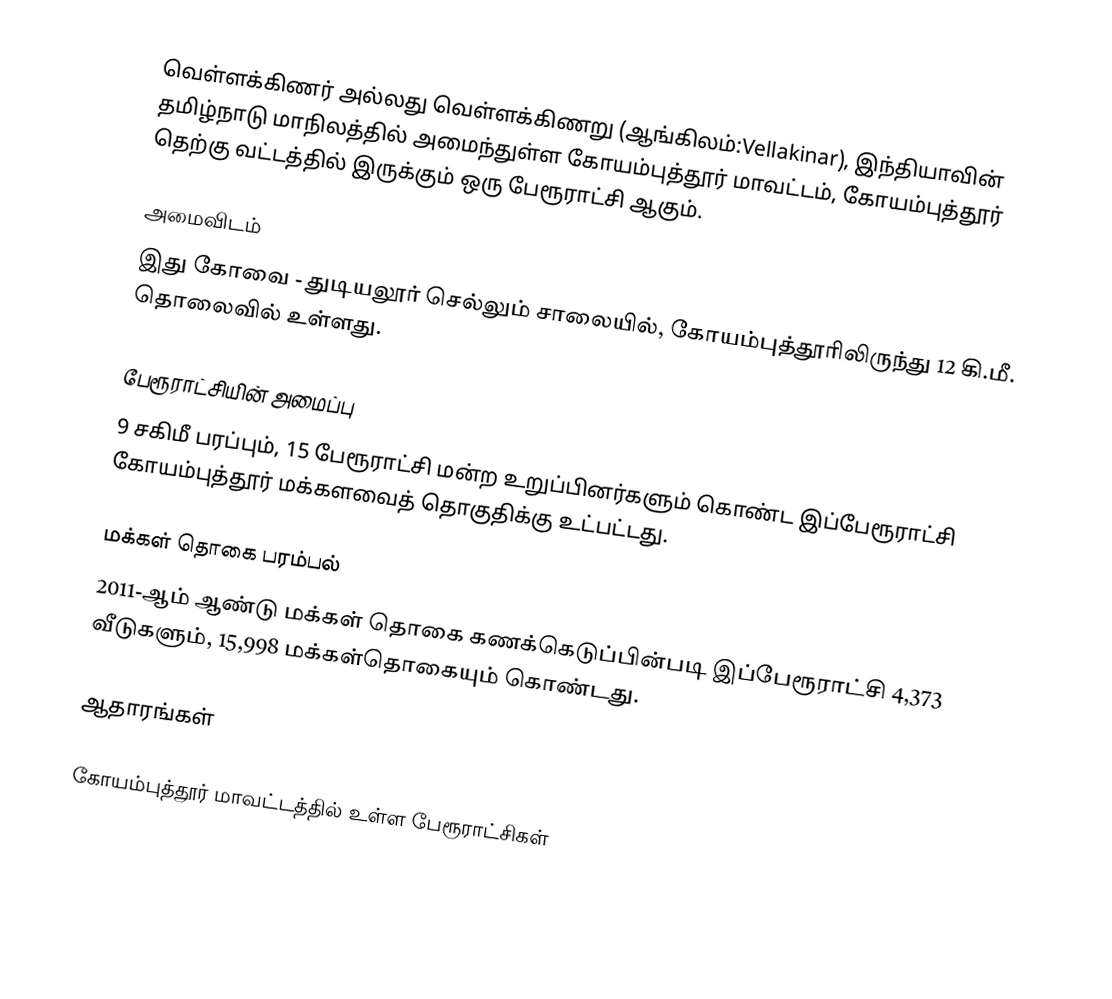
வெள்ளக்கிணர் அல்லது வெள்ளக்கிணறு (ஆங்கிலம்:Vellakinar), இந்தியாவின் தமிழ்நாடு மாநிலத்தில் அமைந்துள்ள கோயம்புத்தூர் மாவட்டம், கோயம்புத்தூர் தெற்கு வட்டத்தில் இருக்கும் ஒரு பேரூராட்சி ஆகும்.

அமைவிடம்
இது கோவை - துடியலூர் செல்லும் சாலையில், கோயம்புத்தூரிலிருந்து 12 கி.மீ. தொலைவில் உள்ளது.

பேரூராட்சியின் அமைப்பு
9 சகிமீ பரப்பும், 15 பேரூராட்சி மன்ற உறுப்பினர்களும்  கொண்ட இப்பேரூராட்சி  கோயம்புத்தூர் மக்களவைத் தொகுதிக்கு உட்பட்டது.

மக்கள் தொகை பரம்பல்
2011-ஆம் ஆண்டு மக்கள் தொகை கணக்கெடுப்பின்படி  இப்பேரூராட்சி     4,373  வீடுகளும், 15,998 மக்கள்தொகையும் கொண்டது.

ஆதாரங்கள்

கோயம்புத்தூர் மாவட்டத்தில் உள்ள பேரூராட்சிகள்